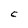
Character: C